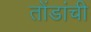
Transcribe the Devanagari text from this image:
तोंडांची